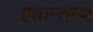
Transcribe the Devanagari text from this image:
हतान्तरण